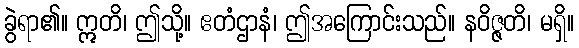
ခွဲရာ၏။ ဣတိ၊ ဤသို့။ ဧတံဌာနံ၊ ဤအကြောင်းသည်။ နဝိဇ္ဇတိ၊ မရှိ။